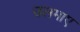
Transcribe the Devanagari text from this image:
उलमाए